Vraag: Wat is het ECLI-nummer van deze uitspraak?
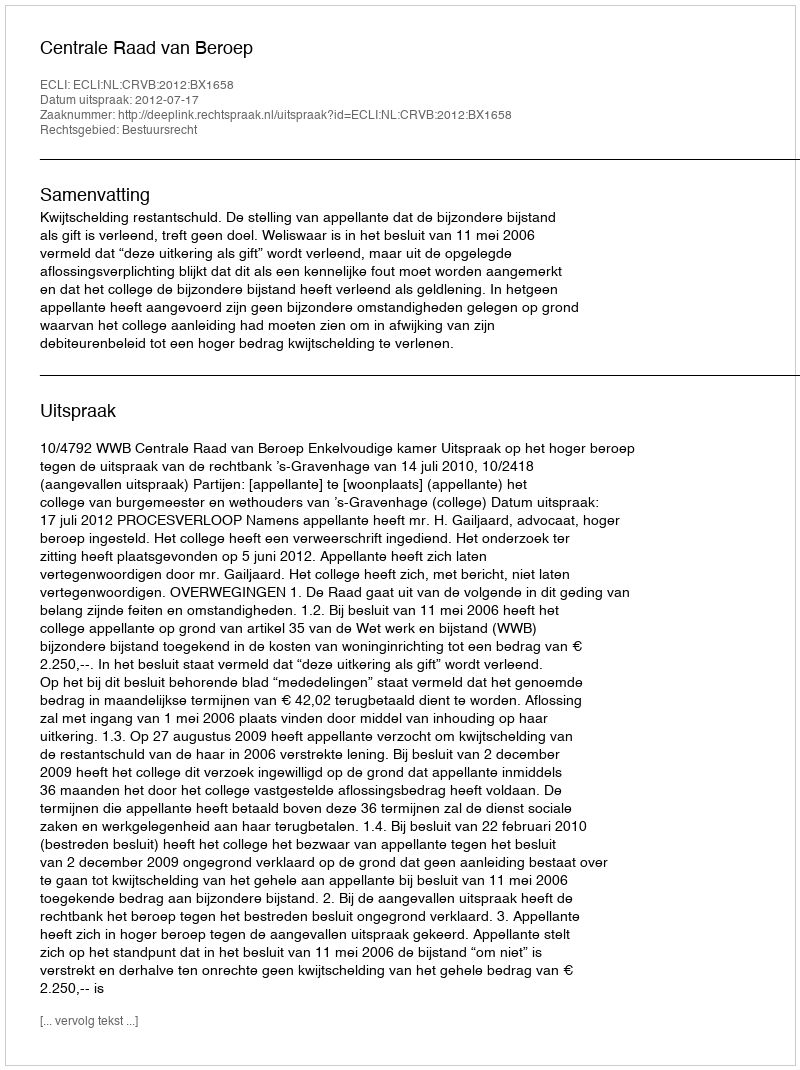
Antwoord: ECLI:NL:CRVB:2012:BX1658